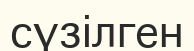
сүзілген